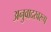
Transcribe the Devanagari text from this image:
अनुवादस्वरूप